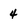
Character: 4